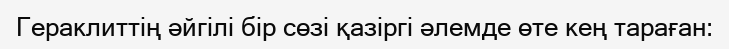
Гераклиттің әйгілі бір сөзі қазіргі әлемде өте кең тараған: